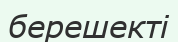
берешекті